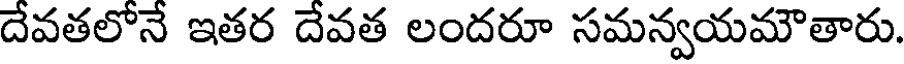
దేవతలోనే ఇతర దేవత లందరూ సమన్వయమౌతారు.